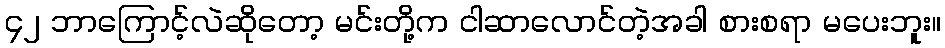
၄၂ ဘာကြောင့်လဲဆိုတော့ မင်းတို့က ငါဆာလောင်တဲ့အခါ စားစရာ မပေးဘူး။